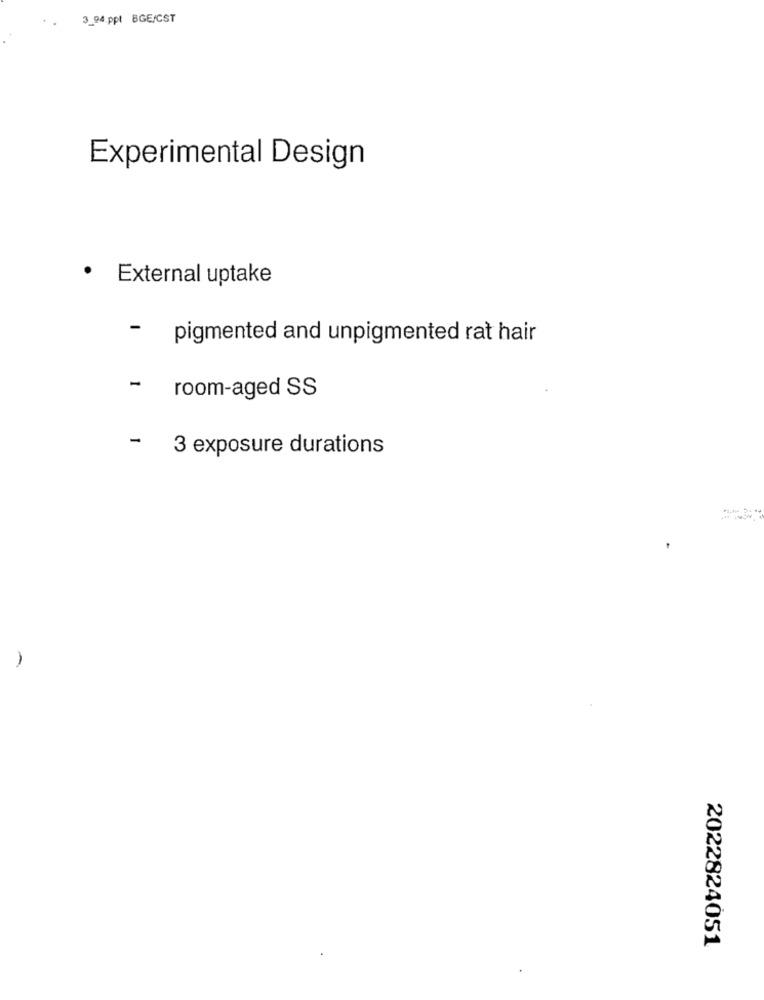
3_94.ppt BGE/CST
..
Experimental Design
· External uptake
-
pigmented and unpigmented rat hair
- room-aged SS
-
3 exposure durations
2022824051